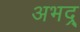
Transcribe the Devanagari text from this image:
अभद्र्